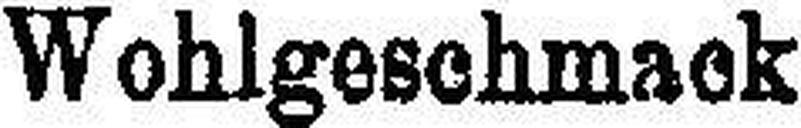
Wohlgeschmack